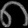
Digit: ၈